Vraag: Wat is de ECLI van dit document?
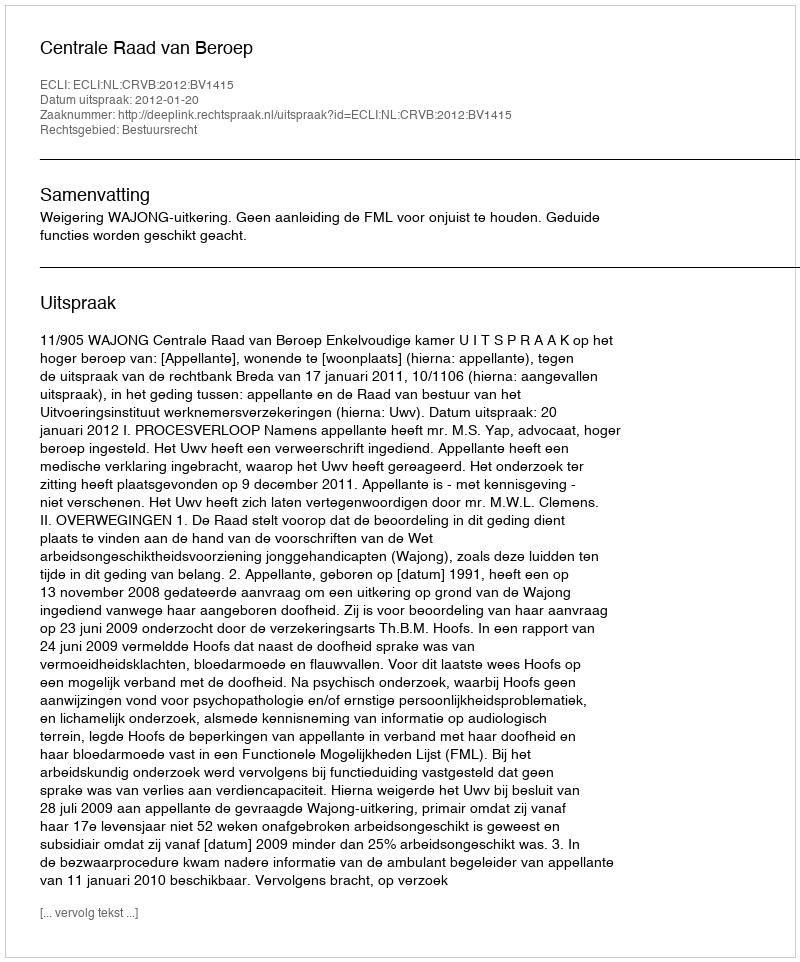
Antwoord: ECLI:NL:CRVB:2012:BV1415